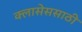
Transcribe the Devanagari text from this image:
क्लासेससाठी